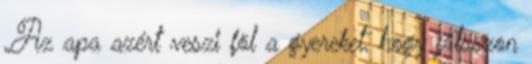
„Az apa azért veszi föl a gyereket, hogy játsszon